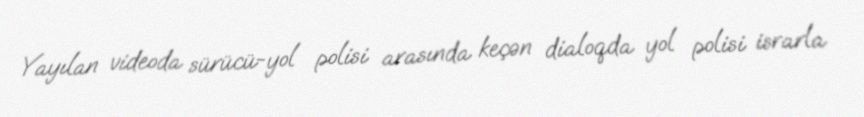
Yayılan videoda sürücü-yol polisi arasında keçən dialoqda yol polisi israrla